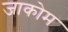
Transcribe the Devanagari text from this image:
जाकोम